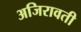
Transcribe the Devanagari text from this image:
अजिरावती